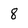
Character: 8